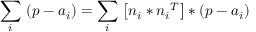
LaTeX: { \underset { i } { \mathop { \sum } } } \, \left( p - { { a } _ { i } } \right) = { \underset { i } { \mathop { \sum } } } \, \left[ { { n } _ { i } } * { { n } _ { i } } ^ { T } \right] * \left( p - { { a } _ { i } } \right)